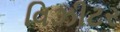
વિઝીટર